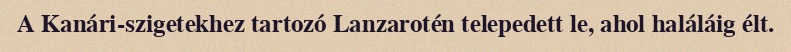
A Kanári-szigetekhez tartozó Lanzarotén telepedett le, ahol haláláig élt.